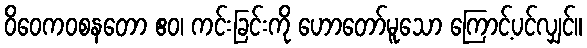
ဝိဝေကဝစနတော ဧဝ၊ ကင်းခြင်းကို ဟောတော်မူသော ကြောင့်ပင်လျှင်။